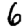
Digit: 6